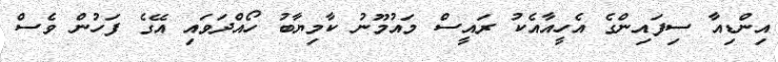
އިންޑިއާ ސިފައިންގެ އެހީއާއެކު ރައީސް މައުމޫނު ކާމިޔާބު ހޯއްދަވައި އޭގެ ފަހުން ވެސް